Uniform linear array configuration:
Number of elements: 32
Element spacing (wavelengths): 1
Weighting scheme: cosine
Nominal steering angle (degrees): -45
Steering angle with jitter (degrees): -43.83
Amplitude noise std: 0.05
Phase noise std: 0.05

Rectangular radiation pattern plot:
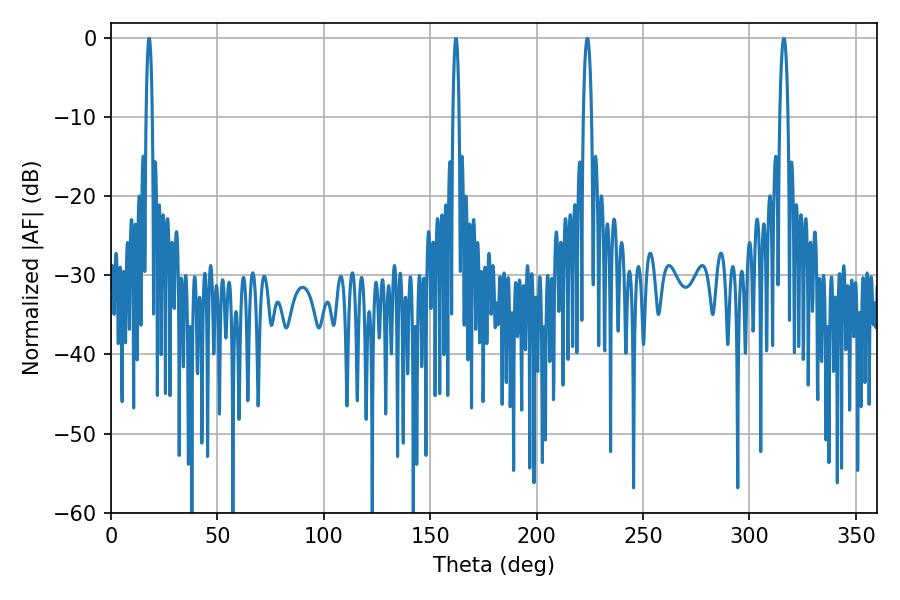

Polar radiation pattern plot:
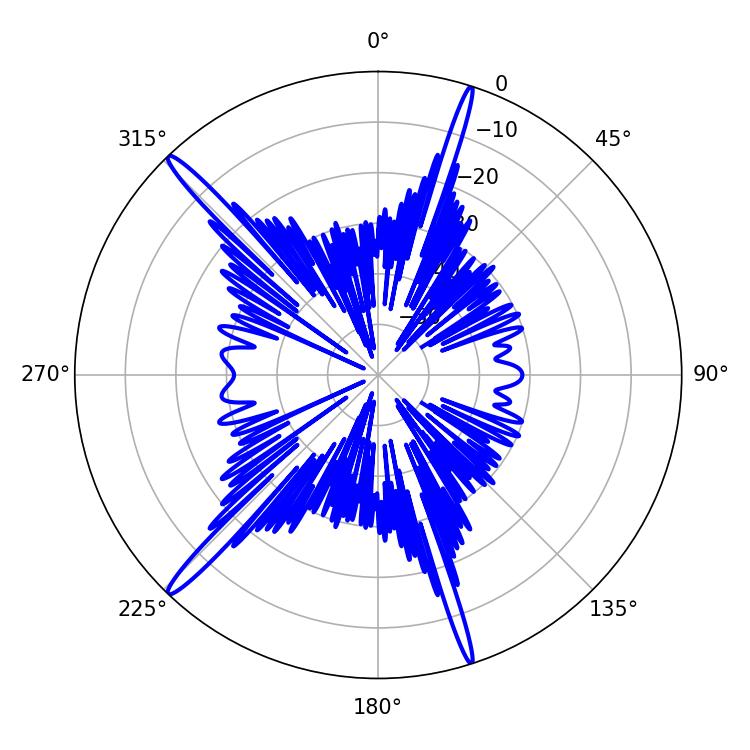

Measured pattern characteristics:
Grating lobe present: TRUE
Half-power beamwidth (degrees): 1.98
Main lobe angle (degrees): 223.74